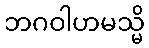
ဘဂဝါဟမသ္မိ